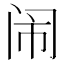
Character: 闹